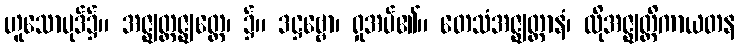
ဟူသောပုဒ်၌။ အဇ္ဈတ္တဇ္ဈတ္တေ၊ ၌။ ဒဋ္ဌဗ္ဗော၊ ရှုအပ်၏။ တေသံအဇ္ဈတ္တာနံ၊ ထိုအဇ္ဈတ္တိကာယတန